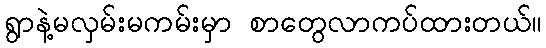
ရွာနဲ့မလှမ်းမကမ်းမှာ စာတွေလာကပ်ထားတယ်။